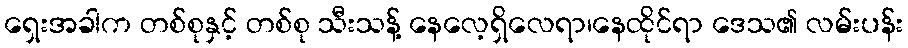
ရှေးအခါက တစ်စုနှင့် တစ်စု သီးသန့် နေလေ့ရှိလေရာ၊နေထိုင်ရာ ဒေသ၏ လမ်းပန်း